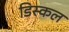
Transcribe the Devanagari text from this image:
डिस्कल